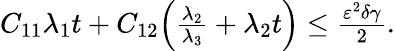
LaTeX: \begin{array}{r}{C_{11}\lambda_{1}t+C_{12}\Big(\frac{\lambda_{2}}{\lambda_{3}}+\lambda_{2}t\Big)\le\frac{\varepsilon^{2}\delta\gamma}{2}.}\end{array}